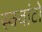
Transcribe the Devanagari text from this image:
स्क्वांटो